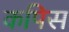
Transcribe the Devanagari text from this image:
कपिस